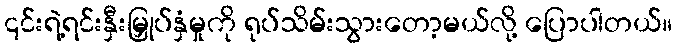
၎င်းရဲ့ရင်းနှီးမြှုပ်နှံမှုကို ရုပ်သိမ်းသွားတော့မယ်လို့ ပြောပါတယ်။